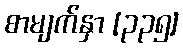
စာမျက်နှာ [၃၃၅]